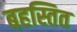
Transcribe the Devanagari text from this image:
बहस्तित